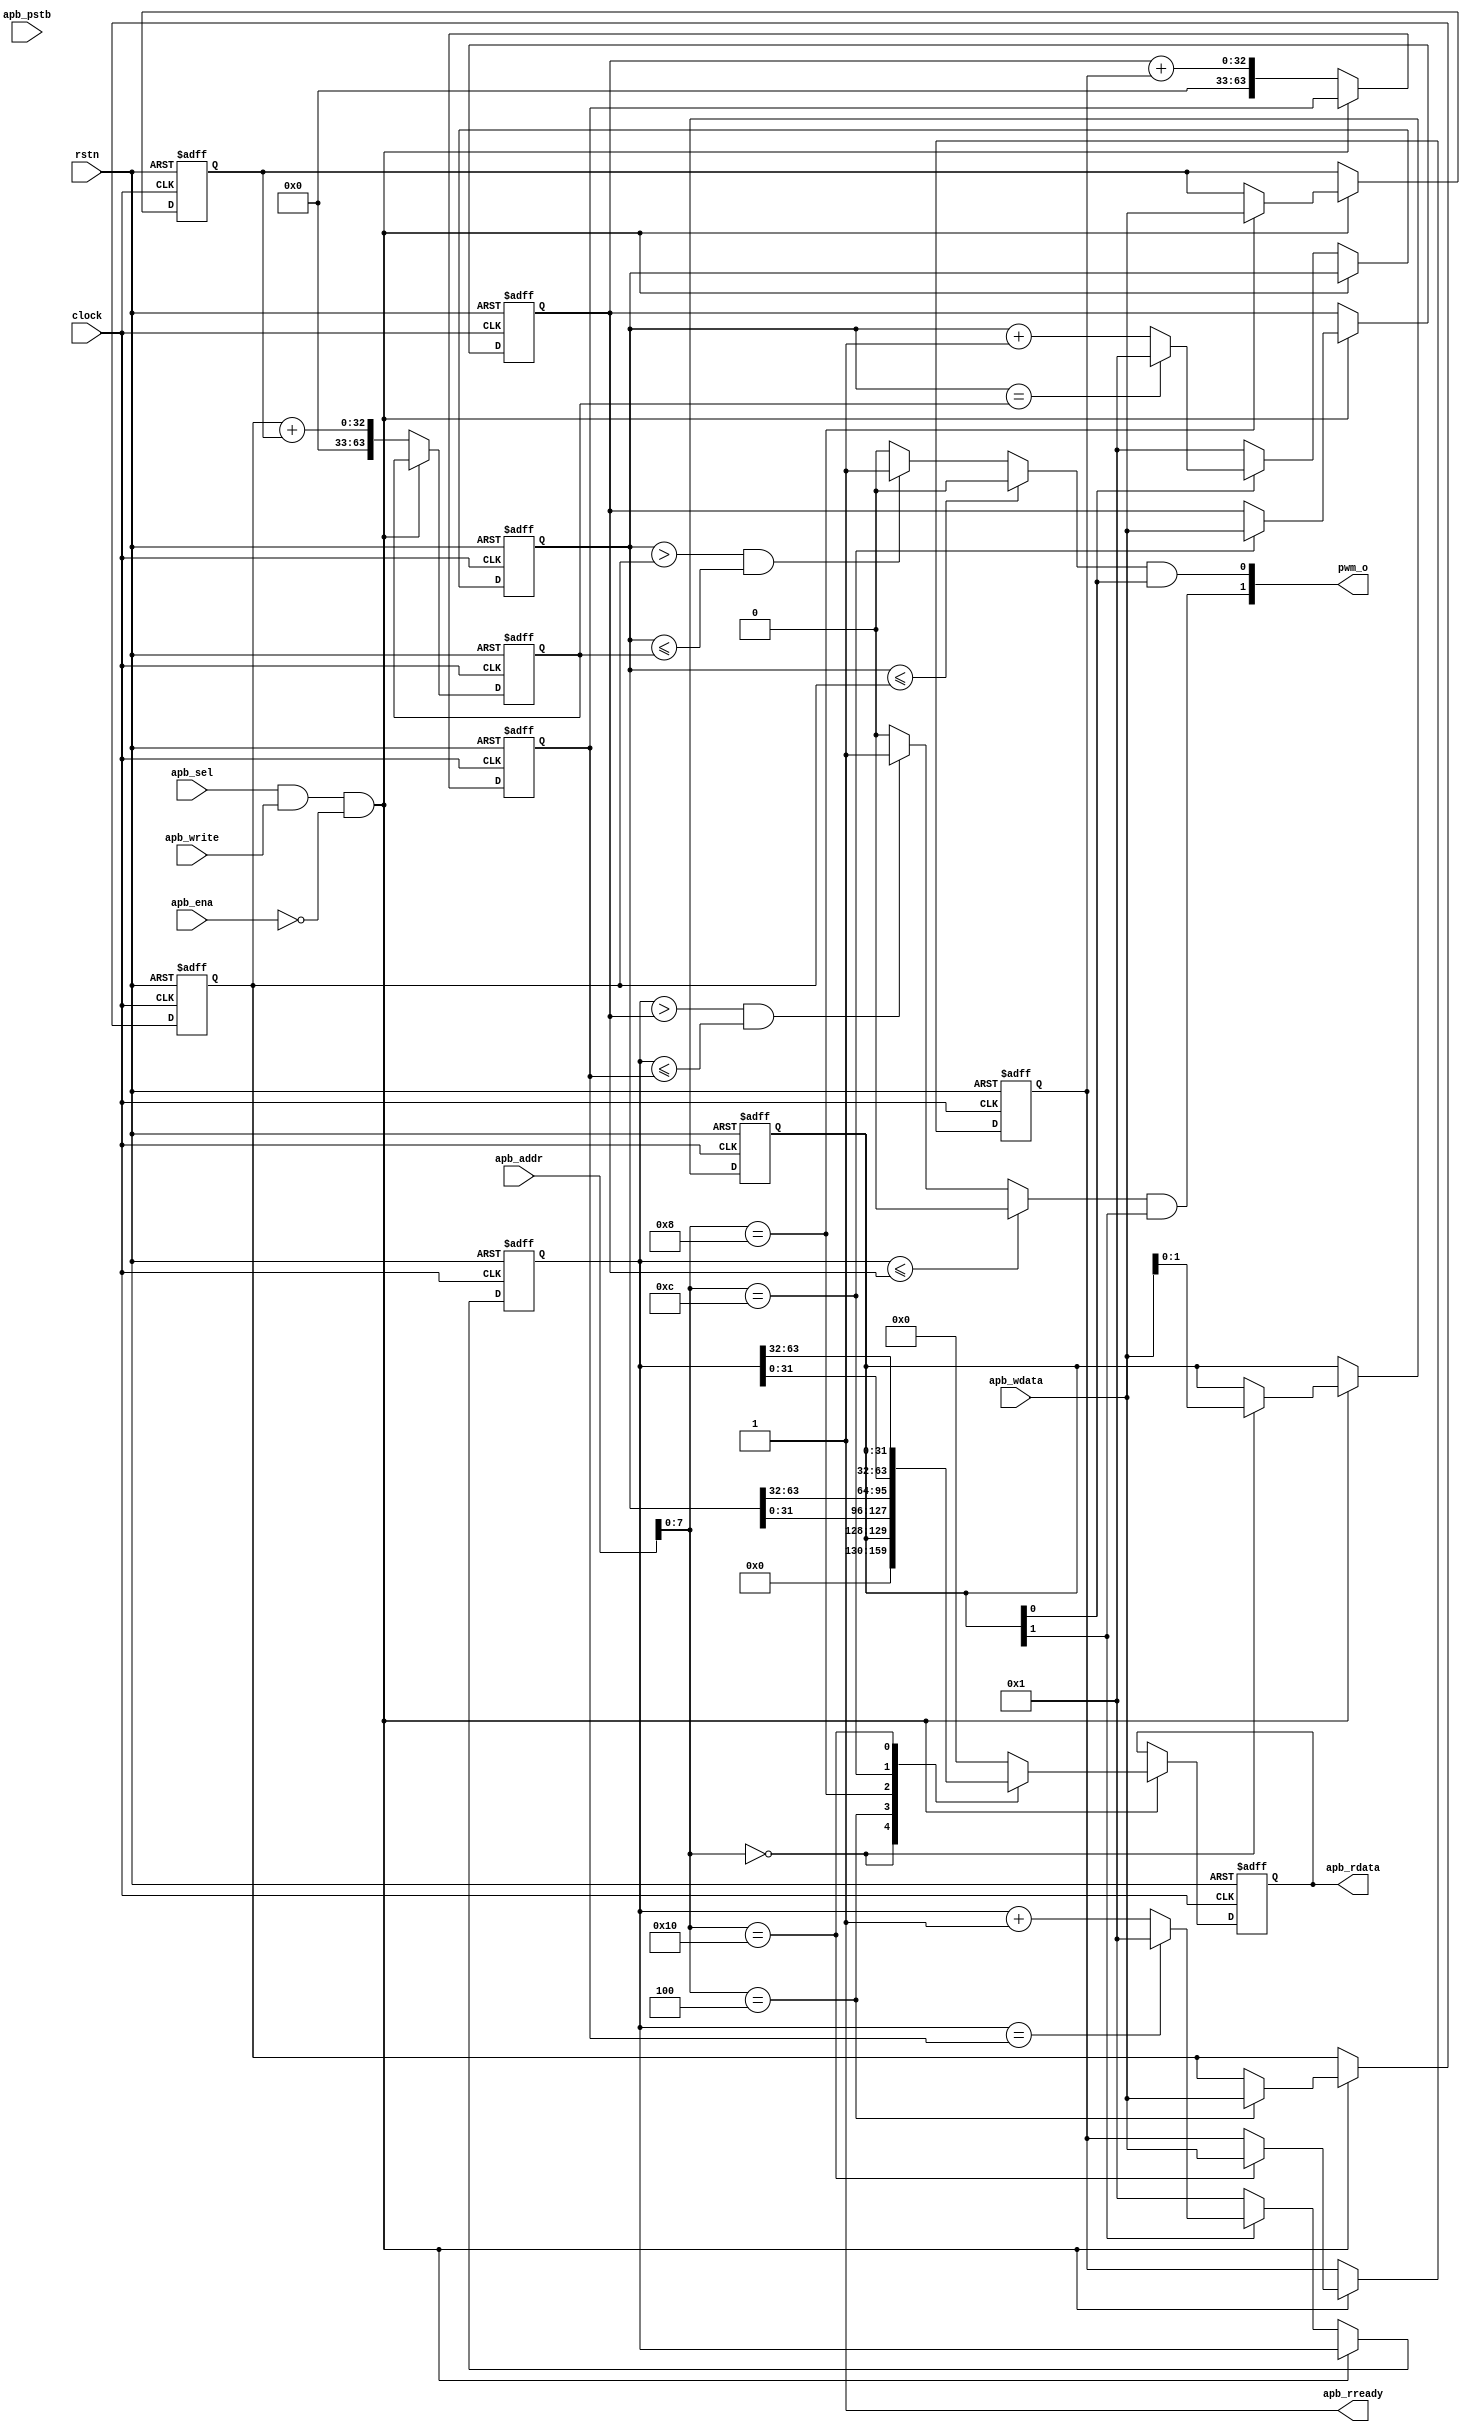
/*
//Copyright 2021 S SIVA PRASAD ssprasad12a@gmail.com

Permission is hereby granted, free of charge, to any person obtaining a copy of this software and associated documentation files (the "Software"), to deal in the Software without restriction, including without limitation the rights to use, copy, modify, merge, publish, distribute, sublicense, and/or sell copies of the Software, and to permit persons to whom the Software is furnished to do so, subject to the following conditions:

The above copyright notice and this permission notice shall be included in all copies or substantial portions of the Software.

THE SOFTWARE IS PROVIDED "AS IS", WITHOUT WARRANTY OF ANY KIND, EXPRESS OR IMPLIED, INCLUDING BUT NOT LIMITED TO THE WARRANTIES OF MERCHANTABILITY, FITNESS FOR A PARTICULAR PURPOSE AND NONINFRINGEMENT. IN NO EVENT SHALL THE AUTHORS OR COPYRIGHT HOLDERS BE LIABLE FOR ANY CLAIM, DAMAGES OR OTHER LIABILITY, WHETHER IN AN ACTION OF CONTRACT, TORT OR OTHERWISE, ARISING FROM, OUT OF OR IN CONNECTION WITH THE SOFTWARE OR THE USE OR OTHER DEALINGS IN THE SOFTWARE.

*/


`timescale 1ns / 1ps


module pwm_ssp(
    input              clock,
    input              rstn,
    input  [31:0]      apb_addr,
    input              apb_sel,
    input              apb_write,
    input              apb_ena,
    input  [31:0]      apb_wdata,
    output reg [31:0]  apb_rdata,
    input  [3:0]       apb_pstb,
    output             apb_rready,
    output [1:0]       pwm_o
     
    
    );
    
    assign apb_rready = 1'b1;
    reg [31:0] pwm0_l;
    reg [31:0] pwm0_h;
    
    reg [31:0] pwm1_l;
    reg [31:0] pwm1_h;
    
    reg [63:0] pwm0_counter;
    reg [63:0] pwm1_counter;
    
    reg [1:0] pwm_en;
    
    reg [63:0] pwm_0_cmp;
    reg [63:0] pwm_1_cmp;
    
    localparam PWMENA_ADDR        = 8'h00;
    localparam PWM0_CMPLADDR      = 8'h04;
    localparam PWM0_CMPHADDR      = 8'h08;
    localparam PWM1_CMPLADDR      = 8'h0C;
    localparam PWM1_CMPHADDR      = 8'h10;
    
     wire [1:0] pwm_sig;
        
        assign pwm_sig[0] = (pwm0_counter <=  {32'h0000_0000,pwm0_l})  ? 1'b0 :
                            (pwm0_counter > {32'h0000_0000,pwm0_l})  && (pwm0_counter <= pwm_0_cmp) ? 1'b1  : 1'b0;
                            
        assign pwm_sig[1] = (pwm1_counter <=  {32'h0000_0000,pwm1_l})  ? 1'b0 :
                            (pwm1_counter > {32'h0000_0000,pwm1_l})  && (pwm1_counter <= pwm_1_cmp) ? 1'b1  : 1'b0; 
                            
    assign pwm_o[0] = pwm_sig[0] & pwm_en[0];
    assign pwm_o[1] = pwm_sig[1] & pwm_en[1];
     
     
                   
    
     always @(posedge clock or negedge rstn) begin
        if(!rstn) begin 
            pwm0_counter    <= 64'h0000_0000_0000_0000;
            pwm1_counter    <= 64'h0000_0000_0000_0000;
            pwm_en          <= 2'b00;
            pwm_0_cmp       <= 64'h0000_0000_0000_0001;     
            pwm_1_cmp       <= 64'h0000_0000_0000_0001;     
            apb_rdata       <= 32'h0000_0000;   
            
            pwm0_l   <=  32'h0000_0000;   
            pwm0_h   <=  32'h0000_0000;   
                    
            pwm1_l   <=  32'h0000_0000;   
            pwm1_h   <=  32'h0000_0000;   
              
         end else begin
         
            if(apb_sel && apb_write && !apb_ena) begin 
        
                case(apb_addr[7:0]) 
                    PWMENA_ADDR      : begin  pwm_en               <= apb_wdata[1:0]; end
                    PWM0_CMPLADDR    : begin  pwm0_l    <= apb_wdata; end
                    PWM0_CMPHADDR    : begin  pwm0_h    <= apb_wdata; end
                    PWM1_CMPLADDR    : begin  pwm1_l    <= apb_wdata; end 
                    PWM1_CMPHADDR    : begin  pwm1_h    <= apb_wdata; end 
                    
                    
                endcase        
        
                end else begin
              
              pwm_0_cmp      <= {32'h00000000,pwm0_l} + {32'h00000000,pwm0_h};
              pwm_1_cmp      <= {32'h00000000,pwm1_l} + {32'h00000000,pwm1_h};
              
              pwm0_counter   <= pwm_en[0] ? ( (pwm0_counter == pwm_0_cmp) ? 64'h0000_0000_0000_0001 : pwm0_counter + 64'h0000_0000_0000_0001) : 64'h0000_0000_0000_0001;
              pwm1_counter   <= pwm_en[1] ? ( (pwm1_counter == pwm_1_cmp) ? 64'h0000_0000_0000_0001 : pwm1_counter + 64'h0000_0000_0000_0001) : 64'h0000_0000_0000_0001;
              
          end
          
           if(apb_sel && apb_write && !apb_ena) begin 
        
                case(apb_addr[7:0]) 
                    PWMENA_ADDR      : begin  apb_rdata     <= {28'h0000000,2'b00,pwm_en} ;  end
                    PWM0_CMPLADDR    : begin  apb_rdata     <= pwm0_counter[31:0]  ;  end
                    PWM0_CMPHADDR    : begin  apb_rdata     <= pwm0_counter[63:32] ;  end
                    PWM1_CMPLADDR    : begin  apb_rdata     <= pwm1_counter[31:0]  ;  end
                    PWM1_CMPHADDR    : begin  apb_rdata     <= pwm1_counter[63:32] ;  end
                    default          : begin  apb_rdata      <= 32'h0000_0000;     end
                    
                endcase   
          end
          
          
          
          
          
          
           
         
         end   
     
     end
    
    
    
    
    
    
    
    
    
    
    
    
    
    
    
    
    
    
    
    
    
    
    
    endmodule